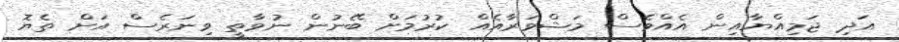
އަދި ޖަމިއްޔާއިން އެއްވެސް މަޝްވަރާއެއް ކުރުމަށް ބޭނުން ނުވާތީ ވިނަރެސް އަށް ތެޔޮ